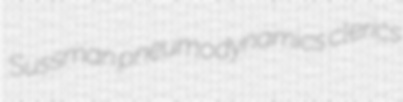
Sussman pneumodynamics clerics